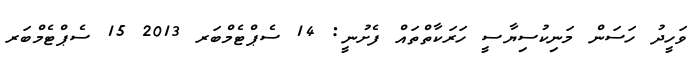
ވަހީދު ހަސަން މަނިކުސިޔާސީ ހަރަކާތްތައް ފެށުނީ: 14 ސެޕްޓެމްބަރ 2013 15 ސެޕްޓެމްބަރ